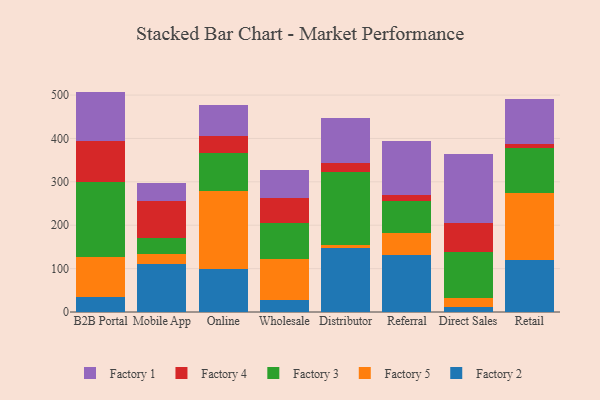
{"axis": {"x": "Channel", "y": "Demand Index"}, "legend": ["Factory 1", "Factory 2", "Factory 3", "Factory 4", "Factory 5"], "data": [{"x": "B2B Portal", "y": 33.5, "type": "Factory 2"}, {"x": "B2B Portal", "y": 92.3, "type": "Factory 5"}, {"x": "B2B Portal", "y": 173.4, "type": "Factory 3"}, {"x": "B2B Portal", "y": 93.9, "type": "Factory 4"}, {"x": "B2B Portal", "y": 114.9, "type": "Factory 1"}, {"x": "Mobile App", "y": 109.5, "type": "Factory 2"}, {"x": "Mobile App", "y": 24.8, "type": "Factory 5"}, {"x": "Mobile App", "y": 36.3, "type": "Factory 3"}, {"x": "Mobile App", "y": 86.0, "type": "Factory 4"}, {"x": "Mobile App", "y": 40.2, "type": "Factory 1"}, {"x": "Online", "y": 99.2, "type": "Factory 2"}, {"x": "Online", "y": 179.6, "type": "Factory 5"}, {"x": "Online", "y": 87.8, "type": "Factory 3"}, {"x": "Online", "y": 38.1, "type": "Factory 4"}, {"x": "Online", "y": 71.5, "type": "Factory 1"}, {"x": "Wholesale", "y": 28.6, "type": "Factory 2"}, {"x": "Wholesale", "y": 93.0, "type": "Factory 5"}, {"x": "Wholesale", "y": 82.8, "type": "Factory 3"}, {"x": "Wholesale", "y": 59.3, "type": "Factory 4"}, {"x": "Wholesale", "y": 62.5, "type": "Factory 1"}, {"x": "Distributor", "y": 146.7, "type": "Factory 2"}, {"x": "Distributor", "y": 6.6, "type": "Factory 5"}, {"x": "Distributor", "y": 168.4, "type": "Factory 3"}, {"x": "Distributor", "y": 22.0, "type": "Factory 4"}, {"x": "Distributor", "y": 103.9, "type": "Factory 1"}, {"x": "Referral", "y": 130.3, "type": "Factory 2"}, {"x": "Referral", "y": 51.7, "type": "Factory 5"}, {"x": "Referral", "y": 73.4, "type": "Factory 3"}, {"x": "Referral", "y": 15.3, "type": "Factory 4"}, {"x": "Referral", "y": 122.8, "type": "Factory 1"}, {"x": "Direct Sales", "y": 10.5, "type": "Factory 2"}, {"x": "Direct Sales", "y": 21.6, "type": "Factory 5"}, {"x": "Direct Sales", "y": 107.0, "type": "Factory 3"}, {"x": "Direct Sales", "y": 65.0, "type": "Factory 4"}, {"x": "Direct Sales", "y": 160.1, "type": "Factory 1"}, {"x": "Retail", "y": 119.6, "type": "Factory 2"}, {"x": "Retail", "y": 154.6, "type": "Factory 5"}, {"x": "Retail", "y": 102.8, "type": "Factory 3"}, {"x": "Retail", "y": 10.4, "type": "Factory 4"}, {"x": "Retail", "y": 104.1, "type": "Factory 1"}]}